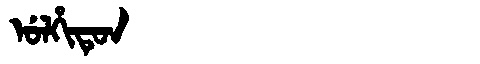
Manchu: ᡠᠯᡥᡳᡨᡠᠨ
Romanization: ULHITUN